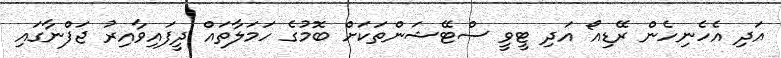
އަދި އެހެނިހެން ރޭޑިއޯ އަދި ޓީވީ ސްޓޭޝަންތަކަށް ބޮމުގެ ހަމަލާތައް ދީފައިވާއިރު ޖަފްނާގައި